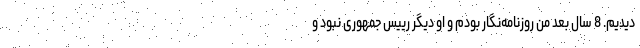
دیدیم. 8 سال بعد من روزنامه‌نگار بودم و او دیگر رییس جمهوری نبود و